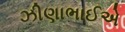
ઝીણાભાઈએ